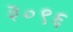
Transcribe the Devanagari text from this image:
३०९६